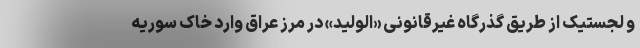
و لجستیک از طریق گذرگاه غیرقانونی «الولید» در مرز عراق وارد خاک سوریه